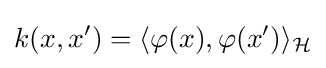
k(x,x')=\langle \varphi (x),\varphi (x')\rangle _{\mathcal {H}}